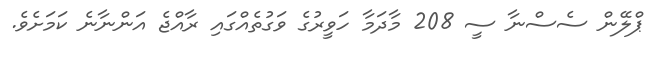
ޕްލޭން ސެސްނާ ސީ 208 މާދަމާ ހަވީރުގެ ވަގުތެއްގައި ރާއްޖެ އަންނާނެ ކަމަށެވެ.